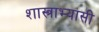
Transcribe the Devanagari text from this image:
शास्त्राभ्यासी